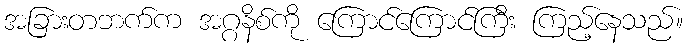
အခြားတဘက်က အဂ္ဂနိစ်ကို ကြောင်ကြောင်ကြီး ကြည့်နေသည်။